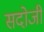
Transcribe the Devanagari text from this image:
सदोजी